Vaccine operations Central Provinces 1886-1899 - 1886-1899
Year: 1886
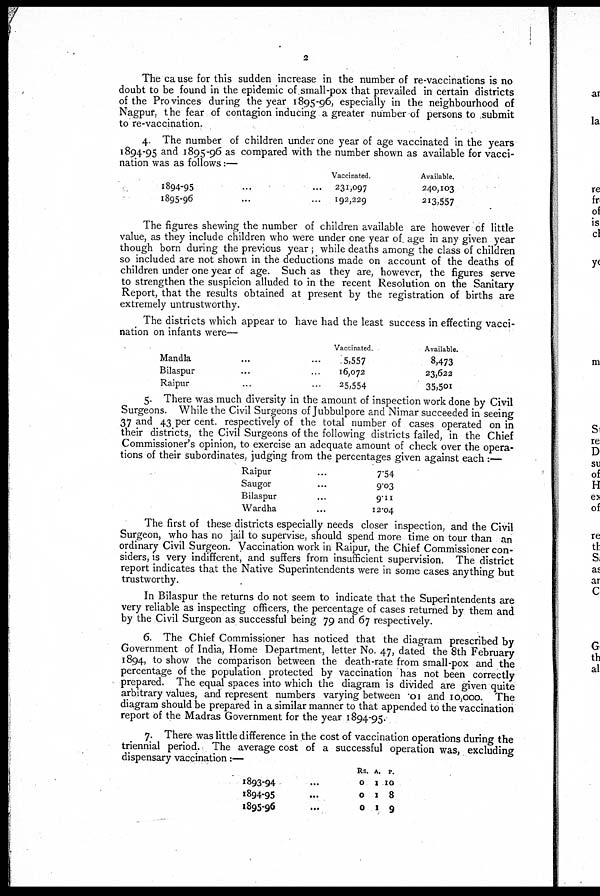
2
The cause for this sudden increase in the number of re-vaccinations is no
doubt to be found in the epidemic of small-pox that prevailed in certain districts
of the Provinces during the year 1895-96, especially in the neighbourhood of
Nagpur, the fear of contagion inducing a greater number of persons to submit
to re-vaccination.
4. The number of children under one year of age vaccinated in the years
1894-95 and 1895-96 as compared with the number shown as available for vacci-
nation was as follows:—
1894-95 ... ...
1895-96 ... ...
Vaccinated.
231,097
192,229
Available.
240,103
213,557
The figures shewing the number of children available are however of little
value, as they include children who were under one year of age in any given year
though born during the previous year; while deaths among the class of children
so included are not shown in the deductions made on account of the deaths of
children under one year of age. Such as they are, however, the figures serve
to strengthen the suspicion alluded to in the recent Resolution on the Sanitary
Report, that the results obtained at present by the registration of births are
extremely untrustworthy.
The districts which appear to have had the least success in effecting vacci-
nation on infants were—
Mandla ... ...
Bilaspur ... ...
Raipur ... ...
Vaccinated.
5,557
16,072
25,554
Available.
8,473
23,622
35,501
5. There was much diversity in the amount of inspection work done by Civil
Surgeons. While the Civil Surgeons of Jubbulpore and Nimar succeeded in seeing
37 and 43 per cent. respectively of the total number of cases operated on in
their districts, the Civil Surgeons of the following districts failed, in the Chief
Commissioner's opinion, to exercise an adequate amount of check over the opera-
tions of their subordinates, judging from the percentages given against each :—
Raipur...
Saugor
...
Bilaspur
...
Wardha
...
7.54
9.03
9.11
12.04
The first of these districts especially needs closer inspection, and the Civil
Surgeon, who has no jail to supervise, should spend more time on tour than an
ordinary Civil Surgeon. Vaccination work in Raipur, the Chief Commissioner con-
siders, is very indifferent, and suffers from insufficient supervision. The district
report indicates that the Native Superintendents were in some cases anything but
trustworthy.
In Bilaspur the returns do not seem to indicate that the Superintendents are
very reliable as inspecting officers, the percentage of cases returned by them and
by the Civil Surgeon as successful being 79 and 67 respectively.
6. The Chief Commissioner has noticed that the diagram prescribed by
Government of India, Home Department, letter No. 47, dated the 8th February
1894, to show the comparison between the death-rate from small-pox and the
percentage of the population protected by vaccination has not been correctly
prepared. The equal spaces into which the diagram is divided are given quite
arbitrary values, and represent numbers varying between .01 and 10,000. The
diagram should be prepared in a similar manner to that appended to the vaccination
report of the Madras Government for the year 1894-95.
7. There was little difference in the cost of vaccination operations during the
triennial period. The average cost of a successful operation was, excluding
dispensary vaccination:—
1893-94 ...
1894-95 ...
1895-96 ...
Rs.
0
0
0
A.
1
1
1
P.
10
8
9